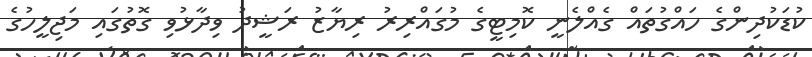
ކުޑަކުދިންގެ ހައްގުތައް ގެއްލެނީ ކޮމިޓީގެ މުގައްރިރު ރިޔާޒު ރަޝީދު ވިދާޅުވި ގޮތުގައި މަޖިލީހުގެ